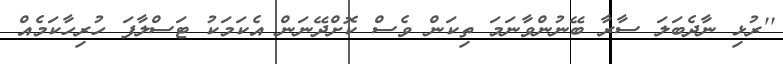
''ރުޅި ނާދެބަލަ ސާރާ ބޭނުންވާނަމަ ތިކަން ވެސް ކޮށްދޭނަން އެކަމަކު ޓަސްލާފަ ހުރިހާކަމެއް